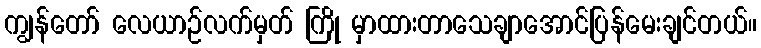
ကျွန်တော် လေယာဉ်လက်မှတ် ကြို မှာထားတာသေချာအောင်ပြန်မေးချင်တယ်။